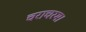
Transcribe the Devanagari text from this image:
चराचरम।